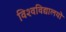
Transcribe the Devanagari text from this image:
विश्‍वविद्यालयों